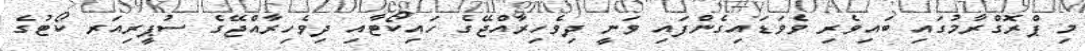
މި ޕްރޮގްރާމުގައި ބައިވެރި ވެވަޑައިގެންފައި ވަނީ ދިވެހިރާއްޖޭގެ ހައިކޯޓާއި ދިވެހިރާއްޖޭގެ ސުޕީރިއަރ ކޯޓުގެ